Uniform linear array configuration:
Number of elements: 8
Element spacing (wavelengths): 0.25
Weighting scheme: binomial
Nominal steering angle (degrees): -15
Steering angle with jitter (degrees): -16.328
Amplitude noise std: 0.05
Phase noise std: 0.05

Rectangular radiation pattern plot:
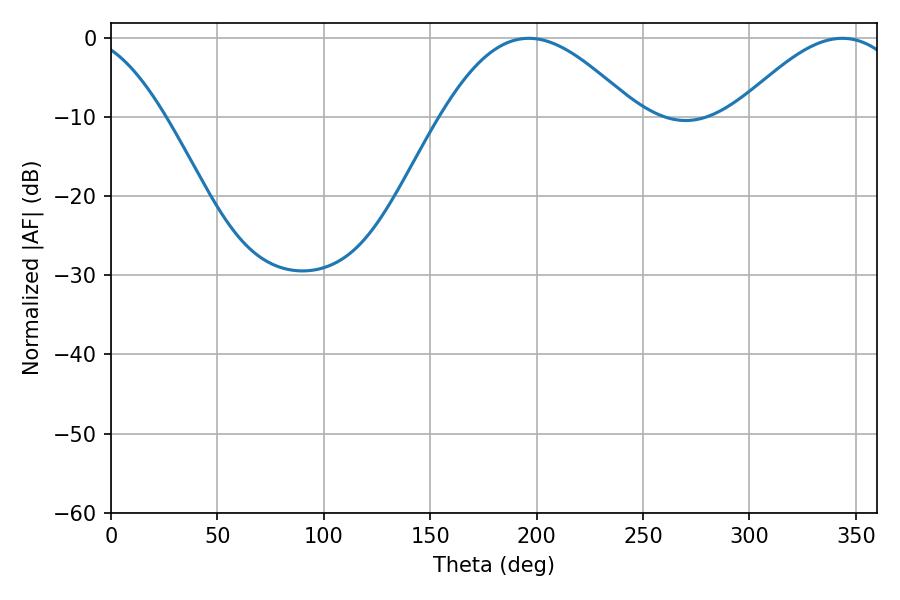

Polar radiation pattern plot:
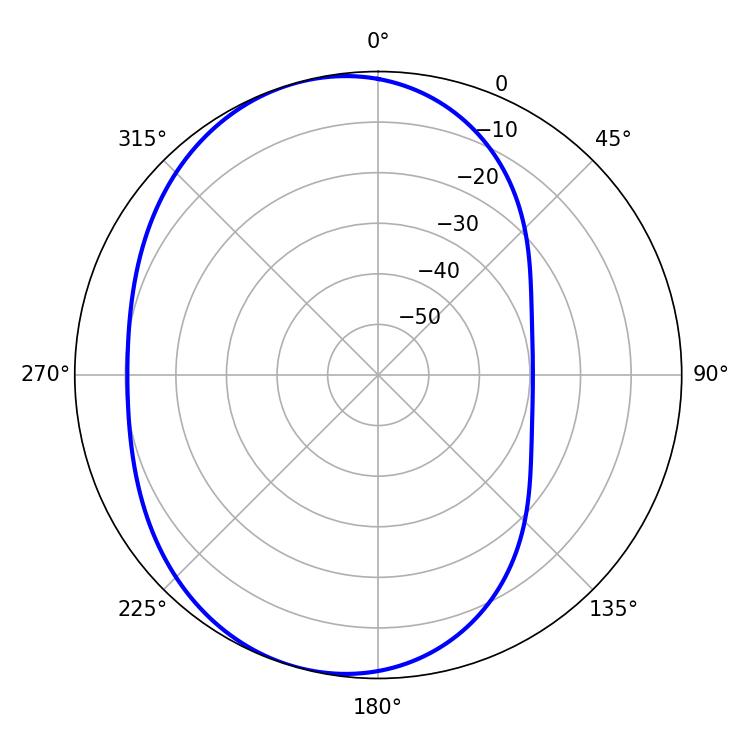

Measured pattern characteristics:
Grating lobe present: FALSE
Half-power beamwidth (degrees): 49.5
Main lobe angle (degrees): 196.38